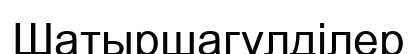
Шатыршагүлділер